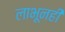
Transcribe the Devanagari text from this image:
लाभूनही